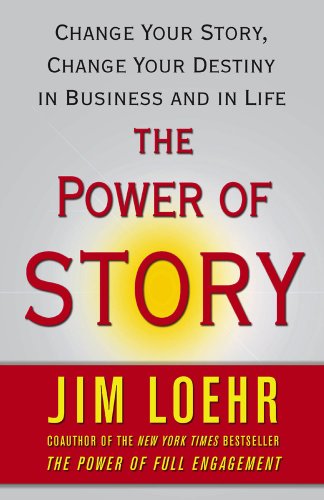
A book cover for The Power of Story: Change Your Story, Change Your Destiny in Business and in Life; Jim Loehr; Health, Fitness & Dieting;